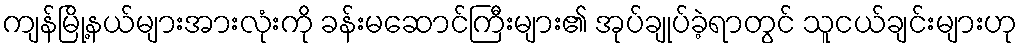
ကျန်မြို့နယ်များအားလုံးကို ခန်းမဆောင်ကြီးများ၏ အုပ်ချုပ်ခဲ့ရာတွင် သူငယ်ချင်းများဟု